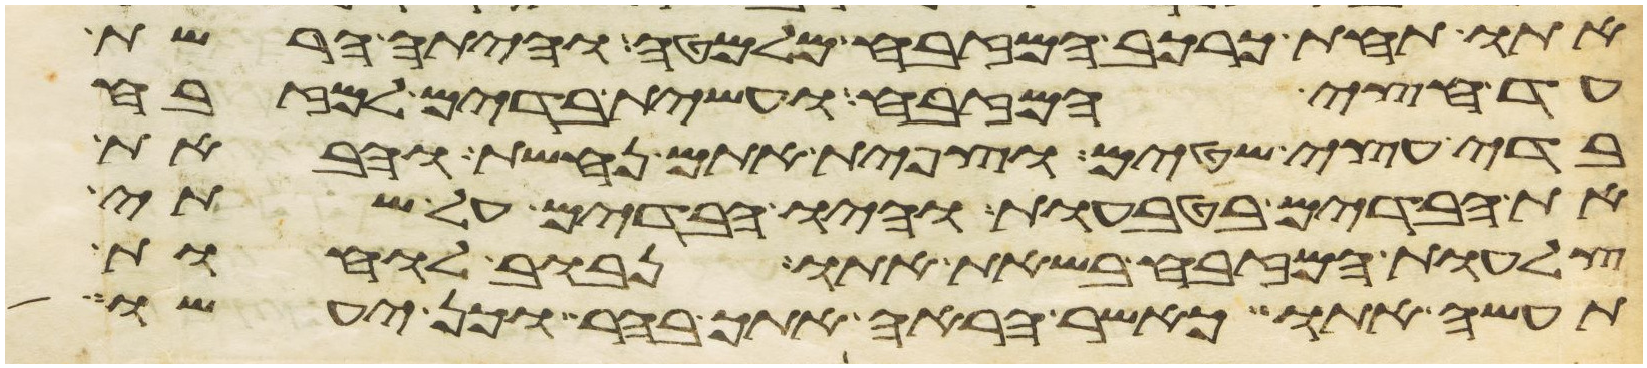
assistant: אתו תחת כרכב המזבח מלמטה והיתה הרשת
עד חצי המזבח ועשית בדים למזבח
בדי עצי שטים וצפית אתם נחשת והבאת
את הבדים בטבעות והיו הבדים על שתי
צלעות המזבח בשאת אתו נבוב לוחות
תעשה אתו כאשר הראה אתך בהר וכן יעשו